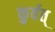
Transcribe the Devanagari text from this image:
कुर्वत्